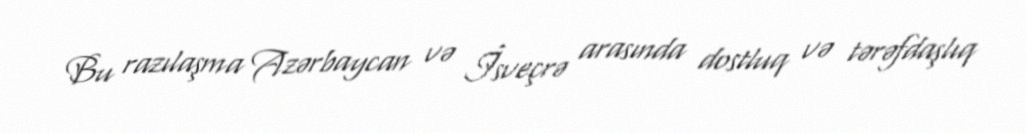
Bu razılaşma Azərbaycan və İsveçrə arasında dostluq və tərəfdaşlıq